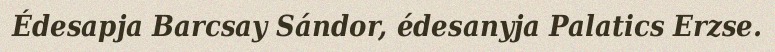
Édesapja Barcsay Sándor, édesanyja Palatics Erzse.